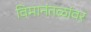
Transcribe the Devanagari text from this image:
विमानंतळांवर